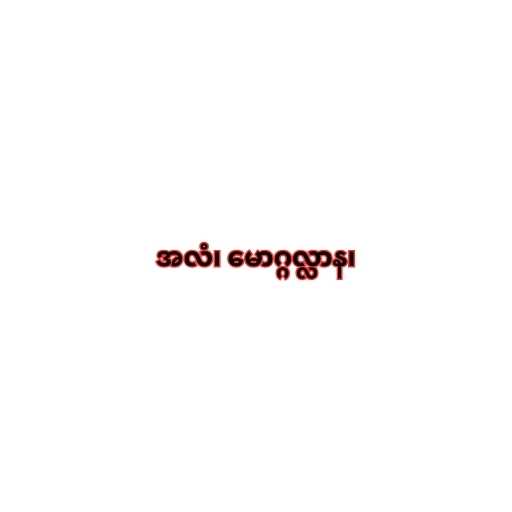
အလံ၊ မောဂ္ဂလ္လာန၊